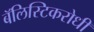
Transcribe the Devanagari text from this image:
बॅलिस्टिकरोधी